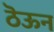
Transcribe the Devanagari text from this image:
ठॆऊन